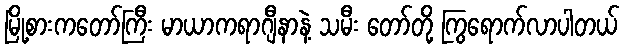
မြို့စားကတော်ကြီး မာယာကရာဂျီနာနဲ့ သမီး တော်တို့ ကြွရောက်လာပါတယ်